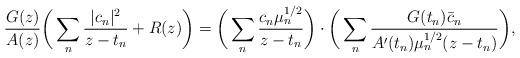
LaTeX: \begin{align*}\frac{G(z)}{A(z)} \bigg( \sum_n \frac{|c_n|^2}{z-t_n} + R(z) \bigg) = \bigg(\sum_n \frac{c_n\mu_n^{1/2}}{z-t_n}\bigg) \cdot\bigg(\sum_n \frac{G(t_n) \bar c_n}{A'(t_n)\mu_n^{1/2} (z-t_n)}\bigg), \end{align*}